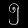
Digit: ၅